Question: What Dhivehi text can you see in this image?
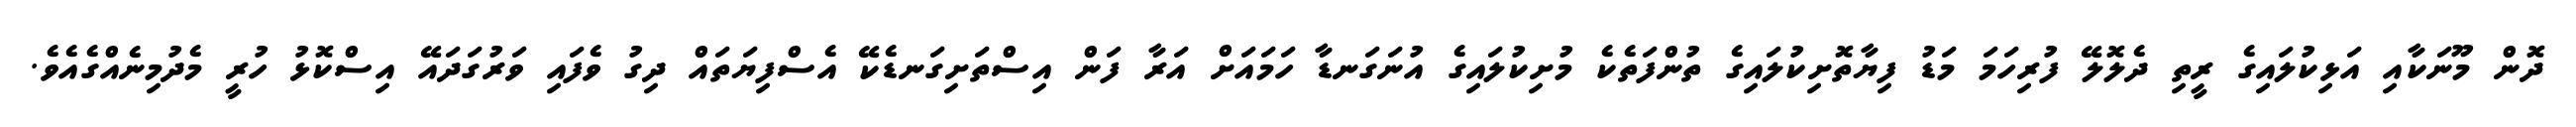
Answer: ދޮން މޫނަކާއި އަޅިކުލައިގެ ރީތި ދެލޮލޭ ފުރިހަމަ މަޑު ފިޔާތޮށިކުލައިގެ ތުންފަތެކެ މުށިކުލައިގެ އުނަގަނޑާ ހަމައަށް އަރާ ފަން އިސްތަށިގަނޑެކޭ އެސްފިޔަތައް ދިގު ވެފައި ވަރުގަދައޭ އިސްކޮޅު ހުރީ މެދުމިނެއްގެއެވެ.